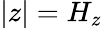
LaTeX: |z|=H_{z}